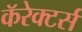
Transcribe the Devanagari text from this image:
कॅरेक्टर्स